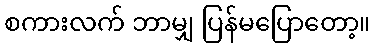
စကားလက် ဘာမျှ ပြန်မပြောတော့။